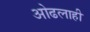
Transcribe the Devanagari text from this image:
ओढलाही